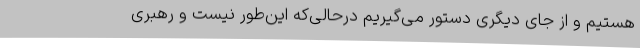
هستیم و از جای دیگری دستور می‌گیریم درحالی‌که این‌طور نیست و رهبری